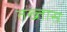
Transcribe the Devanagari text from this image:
तख्तास